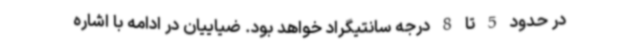
در حدود 5 تا 8 درجه سانتیگراد خواهد بود. ضیاییان در ادامه با اشاره